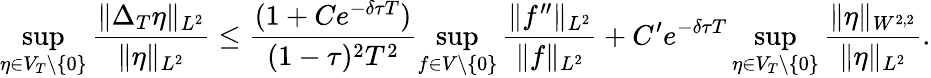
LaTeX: \operatorname*{sup}_{\eta\in V_{T}\backslash\{ 0\} }\frac{\| \Delta_{T}\eta\| _{L^{2}}}{\| \eta\| _{L^{2}}}\leq\frac{(1+Ce^{-\delta\tau T})}{(1-\tau)^{2}T^{2}}\operatorname*{sup}_{f\in V\backslash\{ 0\} }\frac{\| f^{\prime\prime}\| _{L^{2}}}{\| f\| _{L^{2}}}+C^{\prime}e^{-\delta\tau T}\operatorname*{sup}_{\eta\in V_{T}\backslash\{ 0\} }\frac{\| \eta\| _{W^{2,2}}}{\| \eta\| _{L^{2}}}.